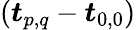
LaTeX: (\boldsymbol{t}_{p,q}-\boldsymbol{t}_{0,0})